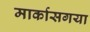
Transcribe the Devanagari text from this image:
मार्कासगया